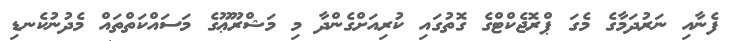
ފެނާއި ނަރުދަމާގެ މެގަ ޕްރޮޖެކްޓްގެ ގޮތުގައި ކުރިއަށްގެންދާ މި މަޝްރޫޢޫގެ މަސައްކަތްތައް މެދުނުކެނޑި